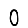
Digit: 0